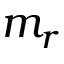
m _ { r }